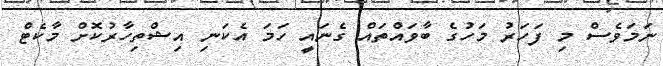
ނަމަވެސް މި ފަހަރު މަހުގެ ބާވައްތައް ގެނައީ ހަމަ އެކަނި އިޝްތިހާރުކޮށް މާކެޓް